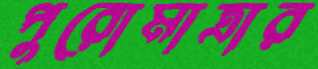
পুরোমাত্রার